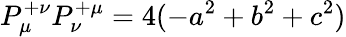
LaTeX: P_{\mu}^{+\nu}P_{\nu}^{+\mu}=4(-a^{2}+b^{2}+c^{2})